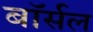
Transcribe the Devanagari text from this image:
बॉर्सल